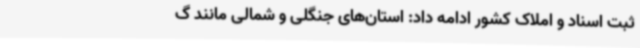
ثبت اسناد و املاک کشور ادامه داد: استان‌های جنگلی و شمالی مانند گ